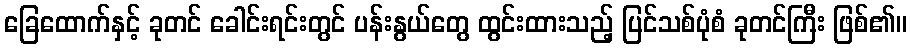
ခြေထောက်နှင့် ခုတင် ခေါင်းရင်းတွင် ပန်းနွယ်တွေ ထွင်းထားသည့် ပြင်သစ်ပုံစံ ခုတင်ကြီး ဖြစ်၏။